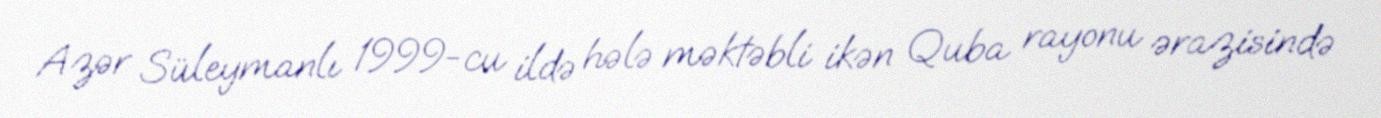
Azər Süleymanlı 1999-cu ildə hələ məktəbli ikən Quba rayonu ərazisində